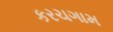
કરચગામ